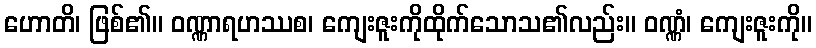
ဟောတိ၊ ဖြစ်၏။ ဝဏ္ဏာရဟဿစ၊ ကျေးဇူးကိုထိုက်သောသ၏လည်း။ ဝဏ္ဏံ၊ ကျေးဇူးကို။